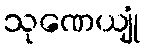
သုဏေယျုံ